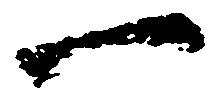
一